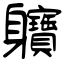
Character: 軉